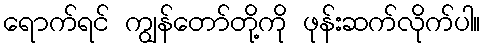
ရောက်ရင် ကျွန်တော်တို့ကို ဖုန်းဆက်လိုက်ပါ။